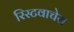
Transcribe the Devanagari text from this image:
रिस्टवाचेस